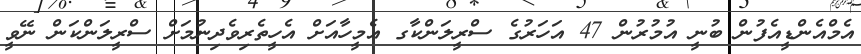
އެމްއެންޑީއެފުން ބުނީ އުމުރުން 47 އަހަރުގެ ސްރީލަންކާގ އެމީހާއަށް އެހީތެރިވެދިނުމަށް ސްރީލަންކަން ނޭވީ